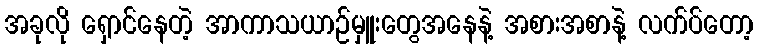
အခုလို ရှောင်နေတဲ့ အာကာသယာဉ်မှူးတွေအနေနဲ့ အစားအစာနဲ့ လက်ပ်တော့